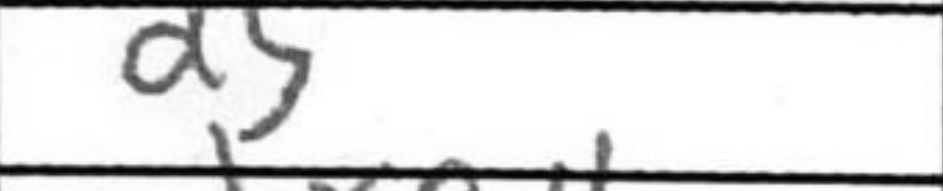
Transcription: d5